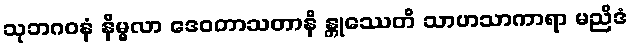
သုဘဂဝနံ နိမ္မလာ ဒေဝတာသတာနိ န္တုဿေတိ သာဟသာကာရာ မညိဒံ